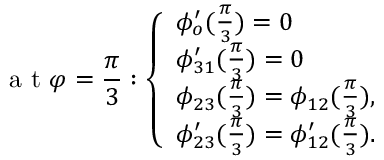
\mathrm { ~ a ~ t ~ } \varphi = \frac { \pi } { 3 } : \left\{ \begin{array} { l l } { \phi _ { o } ^ { \prime } ( \frac { \pi } { 3 } ) = 0 } \\ { \phi _ { 3 1 } ^ { \prime } ( \frac { \pi } { 3 } ) = 0 } \\ { \phi _ { 2 3 } ( \frac { \pi } { 3 } ) = \phi _ { 1 2 } ( \frac { \pi } { 3 } ) , } \\ { \phi _ { 2 3 } ^ { \prime } ( \frac { \pi } { 3 } ) = \phi _ { 1 2 } ^ { \prime } ( \frac { \pi } { 3 } ) . } \end{array} \right.